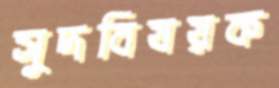
সুদবিষয়ক